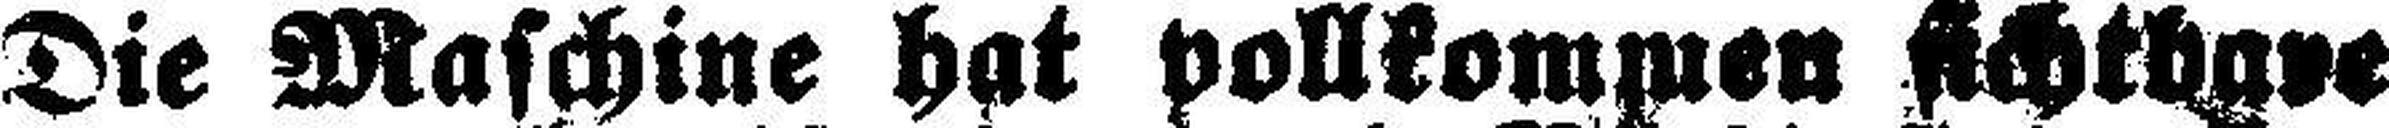
Die Maschine hat vollkommen sichtbare